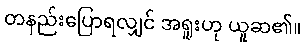
တနည်းပြောရလျှင် အရူးဟု ယူဆ၏။